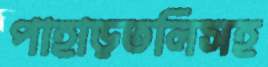
পাহাড়তলিসহ